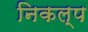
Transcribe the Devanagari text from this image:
निकल्प